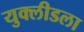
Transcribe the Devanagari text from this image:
युक्लीडला